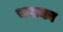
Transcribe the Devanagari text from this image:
चसका